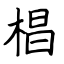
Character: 椙